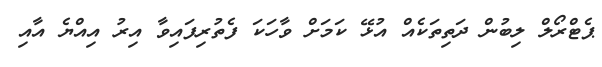
ޕެޓްރޯލް ލިބުން ދަތިތަކެއް އުޅޭ ކަމަށް ވާހަކަ ފެތުރިފައިވާ އިރު އިއްޔެ އާއި